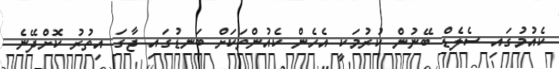
ކެއުމުގައި ސެލެޑް ބޭނުން ކުރުމަކީ އެހެން ކެއުންތަކަށް ބަނޑުގައި ޖާގަ އިތުރު ކޮށްދޭނެ